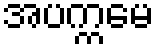
အပက္ကမေ